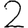
Digit: 2